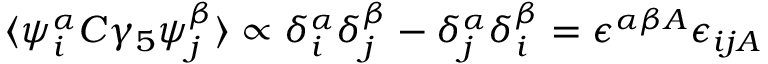
\langle \psi _ { i } ^ { \alpha } C \gamma _ { 5 } \psi _ { j } ^ { \beta } \rangle \propto \delta _ { i } ^ { \alpha } \delta _ { j } ^ { \beta } - \delta _ { j } ^ { \alpha } \delta _ { i } ^ { \beta } = \epsilon ^ { \alpha \beta A } \epsilon _ { i j A }